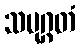
သမုဂ္ဂတံ